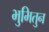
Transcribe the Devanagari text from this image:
भुमितुन